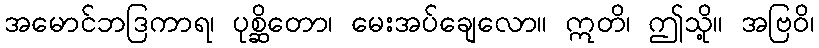
အမောင်ဘဒြကာရ၊ ပုစ္ဆိတော၊ မေးအပ်ချေလော။ ဣတိ၊ ဤသို့။ အဗြဝိ၊